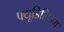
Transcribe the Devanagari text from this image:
फ्यूडिलिज्म